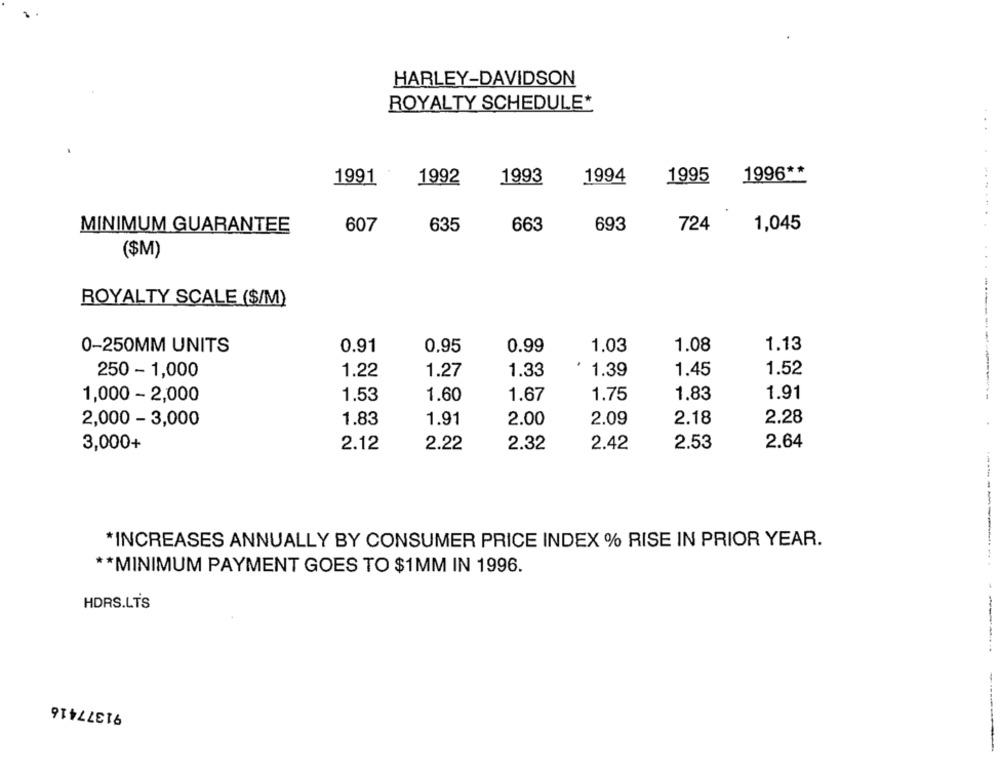
HARLEY-DAVIDSON
ROYALTY SCHEDULE*
1991
1993
1994
1995
1996 **
1992
MINIMUM GUARANTEE
607
635
663
693
724
1,045
($M)
ROYALTY SCALE ($/M)
0-250MM UNITS
0.91
0.95
0.99
1.03
1.08
1.13
1.33
1.39
1.45
1.52
250 - 1,000
1.22
1.27
1.75
1.91
1,000 - 2,000
1.53
1.60
1.67
1.83
2.28
2,000 - 3,000
1.83
1.91
2.00
2.09
2.18
3,000+
2.12
2.22
2.32
2.42
2.53
2.64
*INCREASES ANNUALLY BY CONSUMER PRICE INDEX % RISE IN PRIOR YEAR.
-----------
** MINIMUM PAYMENT GOES TO $1MM IN 1996.
HDRS.LTS
91377416